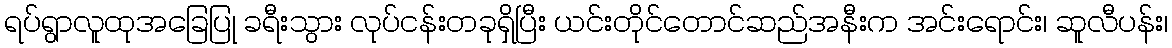
ရပ်ရွာလူထုအခြေပြု ခရီးသွား လုပ်ငန်းတခုရှိပြီး ယင်းတိုင်တောင်ဆည်အနီးက အင်းရောင်း၊ ဆူလီပန်း၊